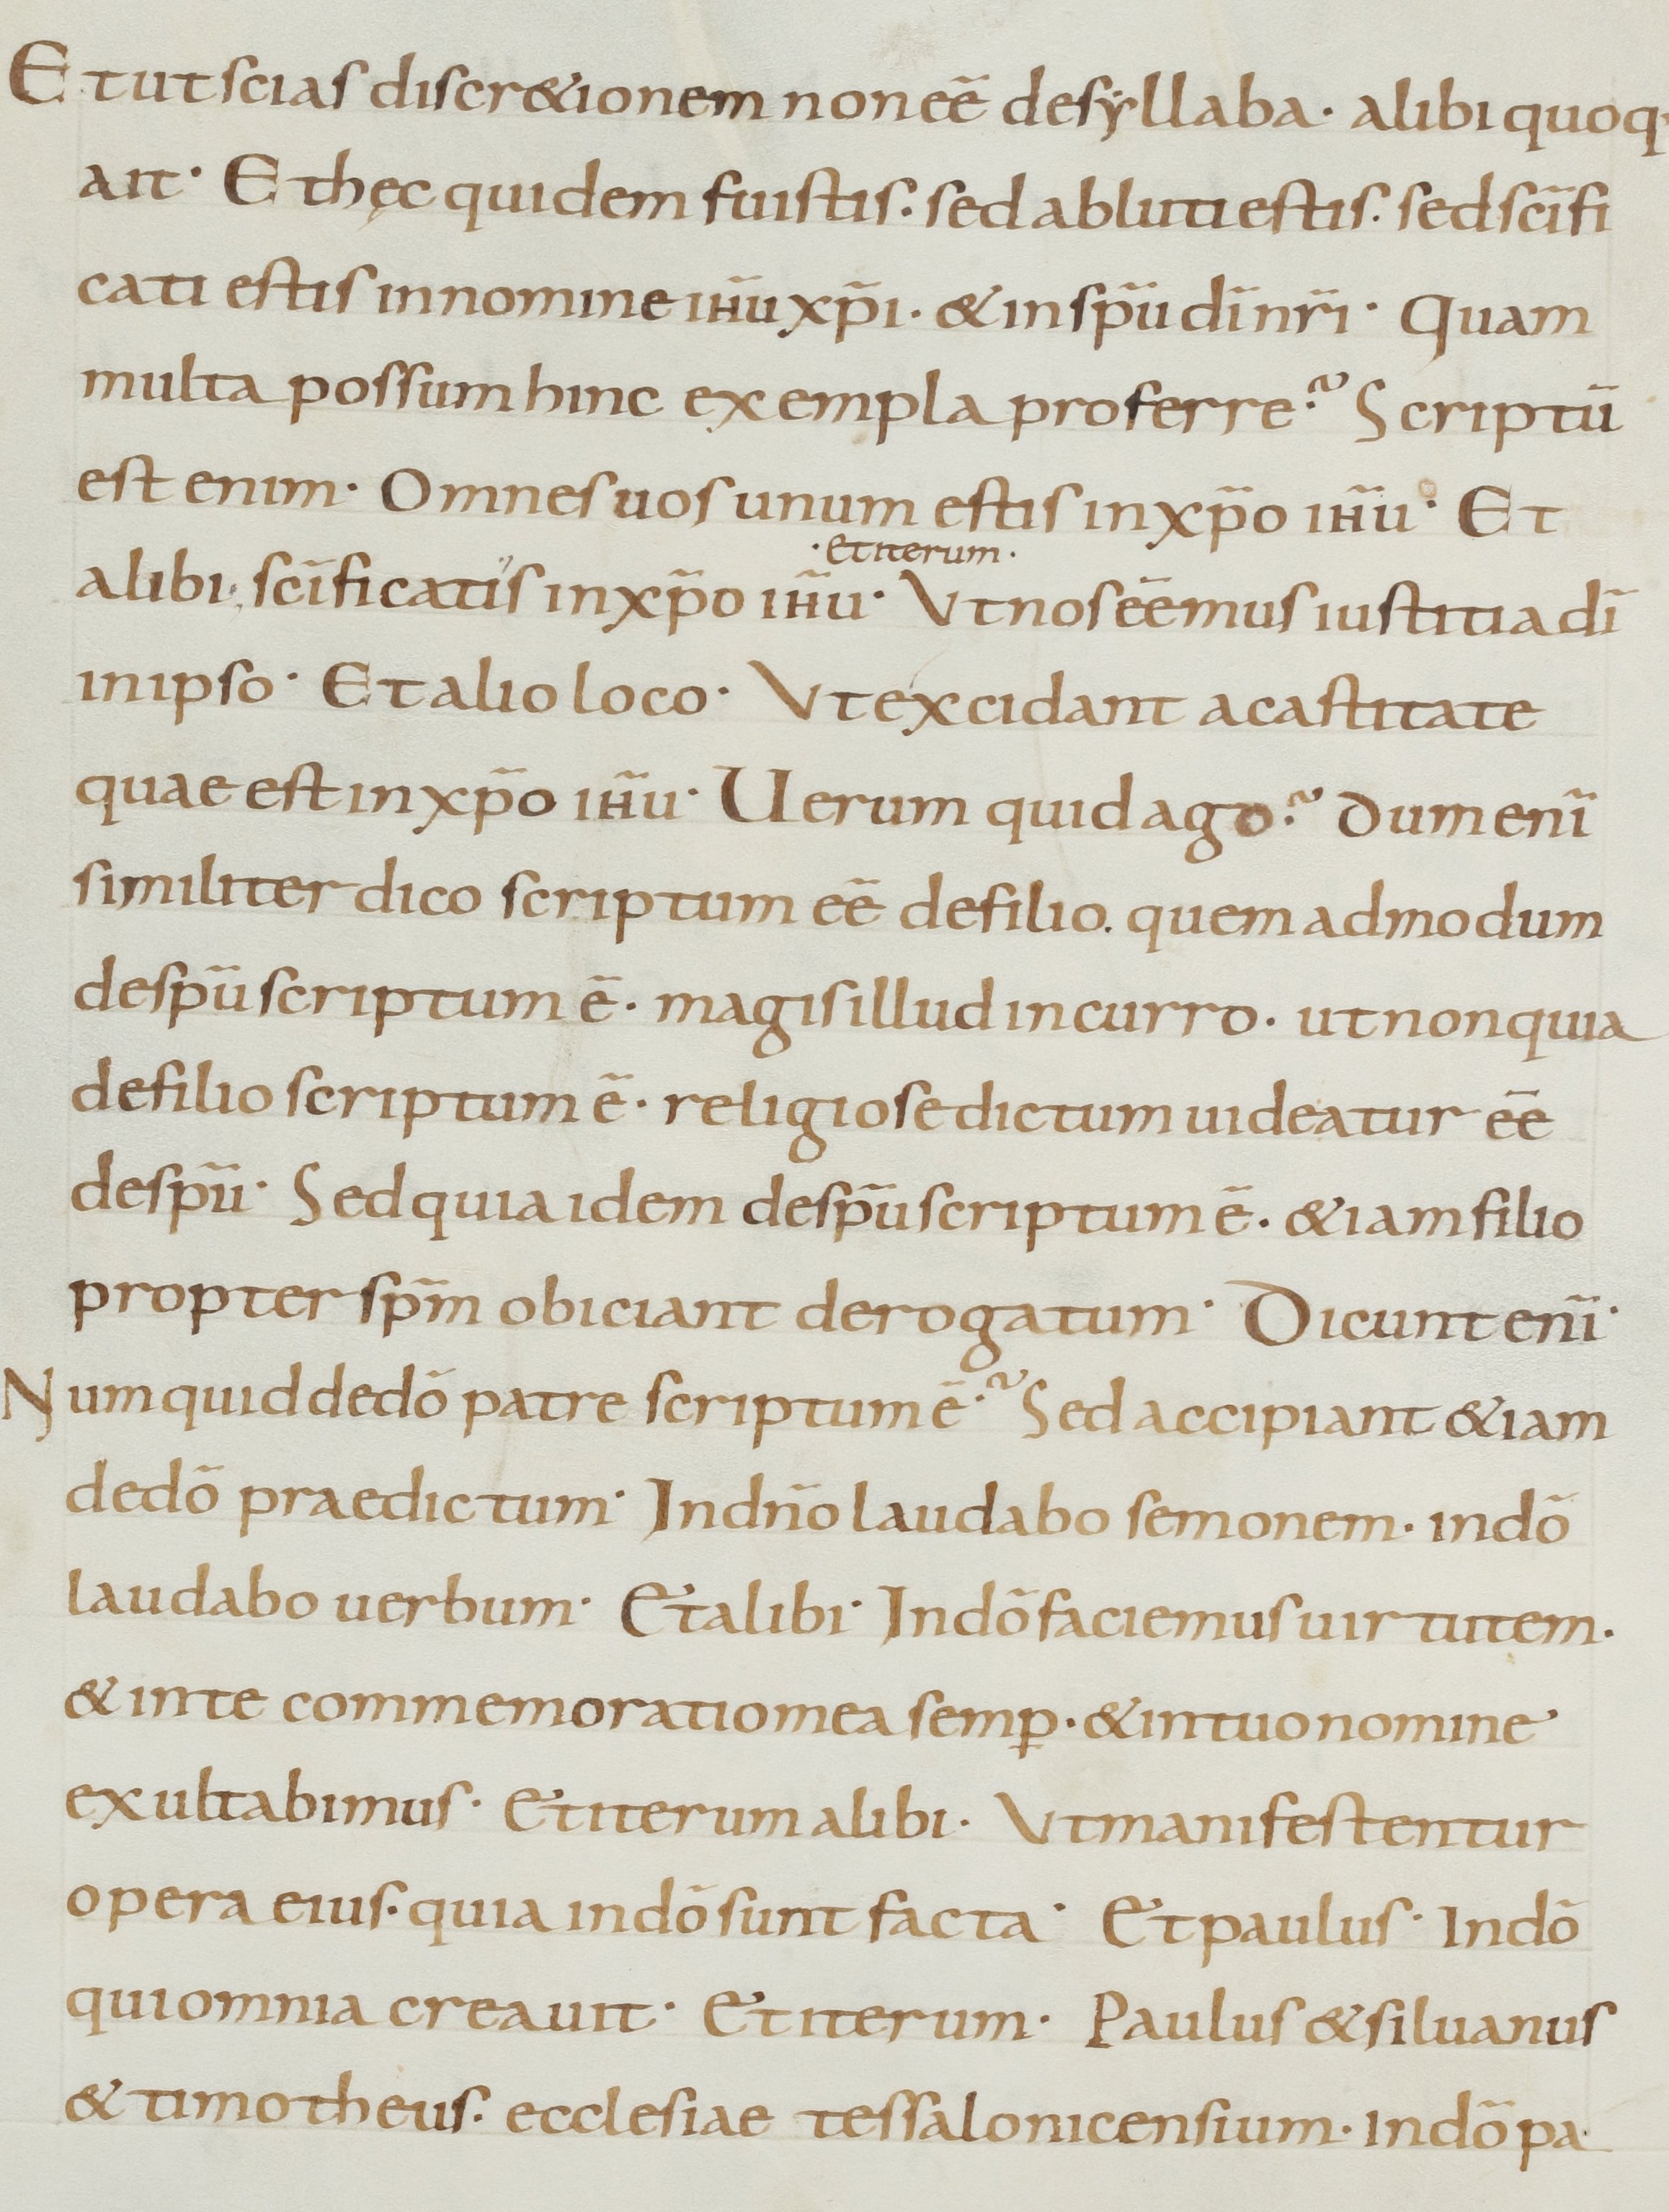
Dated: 900–999